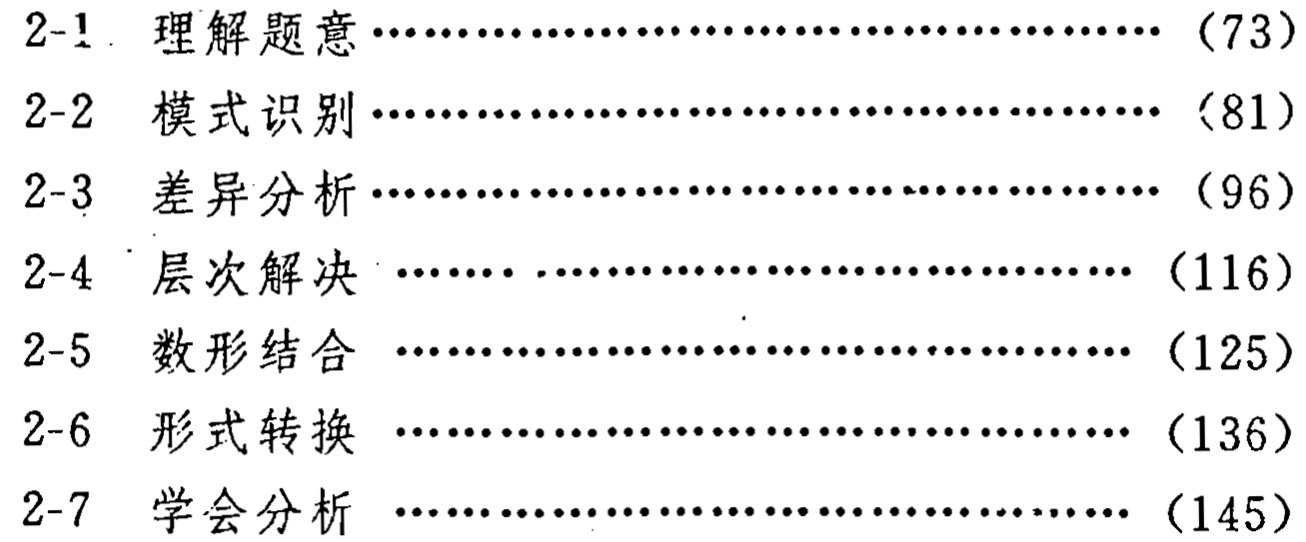
\begin{enumerate}
\item[2-1.] 理解题意\hfill（73）
\item[2-2] 模式识别\hfill（81）
\item[2-3] 差异分析\hfill（96）
\item[2-4] 层次解决\hfill（116）
\item[2-5] 数形结合\hfill（125）
\item[2-6] 形式转换\hfill（136）
\item[2-7] 学会分析\hfill（145）
\end{enumerate}